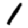
Digit: 1